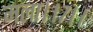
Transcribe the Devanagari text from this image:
मला।।७।।